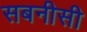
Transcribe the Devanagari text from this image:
सबनीसी